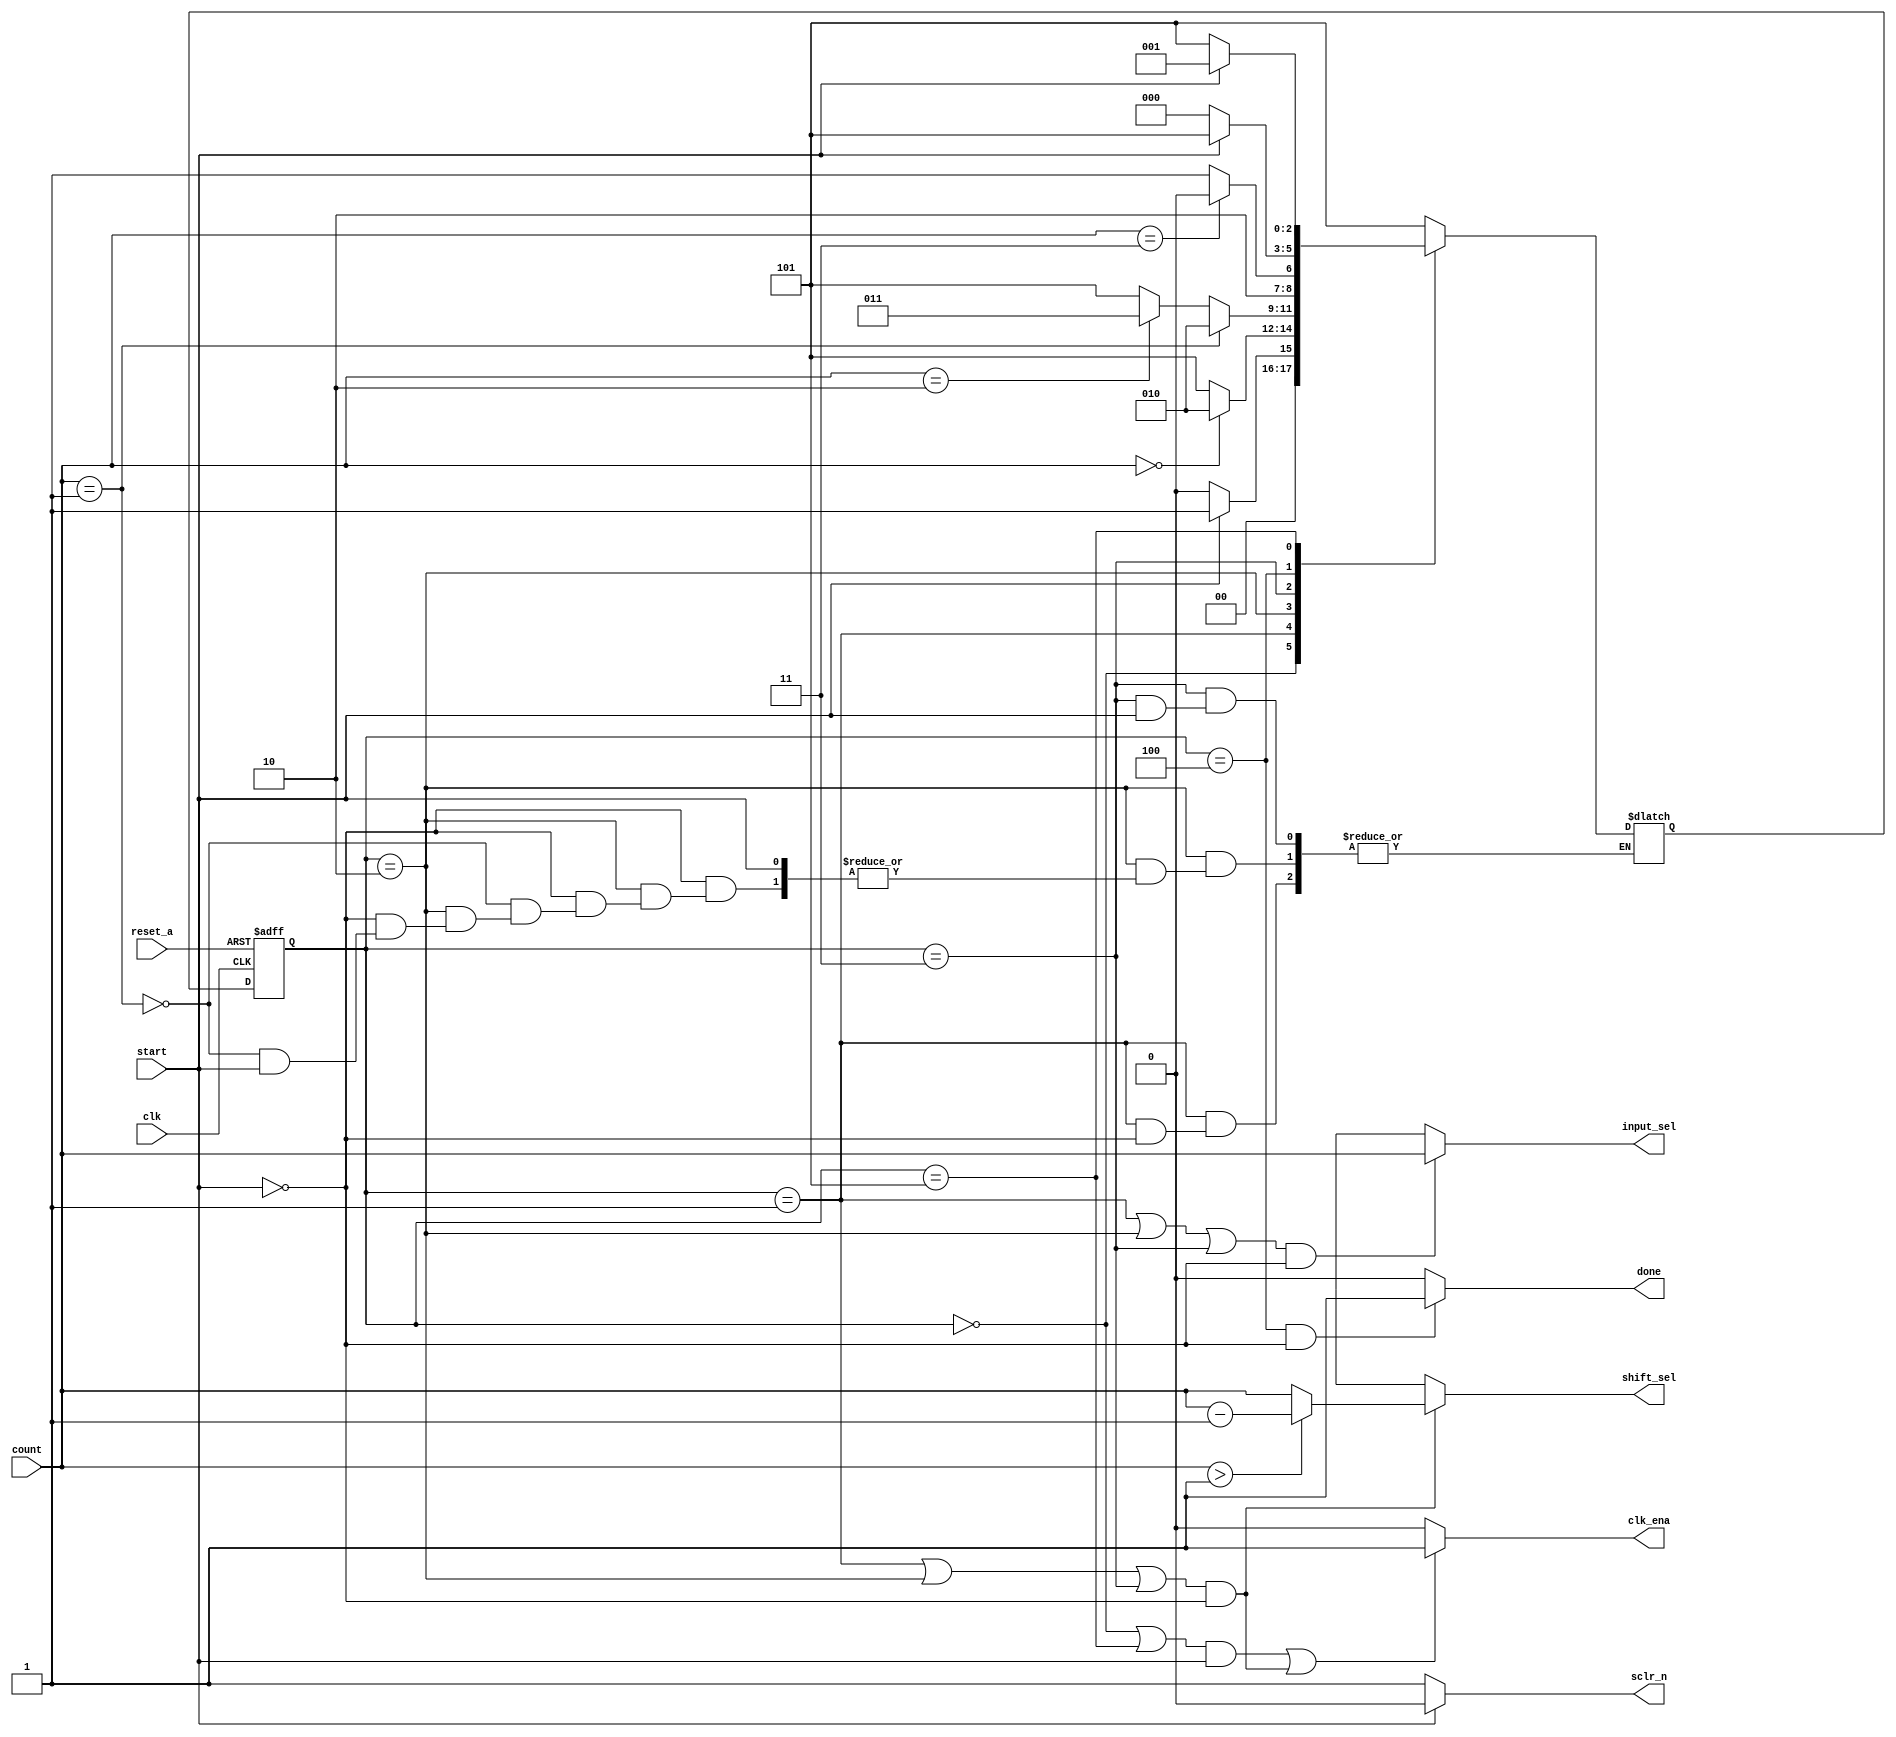
`timescale 1ns / 1ps
//////////////////////////////////////////////////////////////////////////////////
// Company: 
// Engineer: 
// 
// Design Name: 
// Module Name: mult_control
// Project Name: 
// Target Devices: 
// Tool Versions: 
// Description: 
// 
// Dependencies: 
// 
// Revision:
// Revision 0.01 - File Created
// Additional Comments:
// 
//////////////////////////////////////////////////////////////////////////////////


module mult_control(
 input clk , 
 input reset_a ,
 input start ,
 input [1:0] count ,
 output  [1:0] input_sel ,
 output  [1:0] shift_sel , 
 output  done , 
 output  clk_ena ,
 output  sclr_n 
    );
     
  reg [2:0] Q_reg , Q_next ;
    
  localparam idle = 3'b000 ;
  localparam lsb = 3'b001 ;
  localparam mid = 3'b010 ;
  localparam msb = 3'b011 ;
  localparam clac_done = 3'b100 ;
  localparam err = 3'b101 ;
  
    // state logic 
    
    always @(posedge clk , negedge reset_a)
    begin 
     if (~reset_a)
      Q_reg <= idle ;
      else 
       Q_reg <= Q_next ;
   end
    
    // next state logic 
    always@(*)
     begin
      case(Q_reg)
              idle: if (start)
                    Q_next = lsb ;
                     else 
                     Q_next = idle ; 
              lsb: if (start)
                     if (count == 2'b00)
                          Q_next = mid ;
                           else 
                           Q_next = err ; 
              mid: if (~start )
                      if( count == 2'b01 )
                        Q_next = mid ;
                          else if (~start )
                            if (count == 2'b10)
                            Q_next = msb ; 
                          else
                            Q_next = err ;    
              msb: if (~start )
                     if(count == 2'b11)
                        Q_next = clac_done ;
                         else 
                             Q_next = err ; 
             clac_done: if (~start)
                         Q_next = idle ;
                           else 
                             Q_next = err ;
              err: if (start)
                          Q_next = lsb ;
                           else 
                              Q_next = err ; 
                  default:  Q_next = err ;
               endcase
             end
     
    // output logic 
      
              assign input_sel[1:0] = (Q_reg == lsb || Q_reg == mid || Q_reg == msb ) & ( ~start ) ? count[1:0] : 'bx  ;
              assign shift_sel[1:0] = (Q_reg == lsb | Q_reg == mid | Q_reg == msb ) & (~start) ? ((count[1:0]) > 'b01 ? count[1:0] - 1 : count[1:0] ) : 'bx ;
              assign  done = (Q_reg == clac_done ) & (~start) ? 'b1 : 'b0;
              assign  clk_ena = ((Q_reg == idle | Q_reg == err)&(start))| ((Q_reg == lsb | Q_reg == mid | Q_reg == msb)&(~start)) ? 1'b1 : 'b0 ; 
               assign sclr_n = (start) ? 1'b0 : 'b1 ;                                    
endmodule